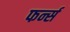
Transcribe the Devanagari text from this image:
फर्न्स